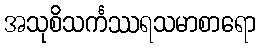
အသုစိသင်္ကဿရသမာစာရော